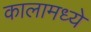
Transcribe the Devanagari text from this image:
कालामध्ये